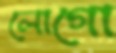
লোগো